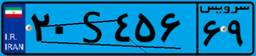
۲۰S۴۵۶۶۹